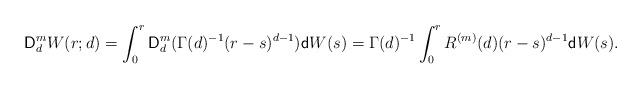
LaTeX: \begin{align*}\mathsf{D}_{d}^{m}W(r;d)=\int_{0}^{r}\mathsf{D}_{d}^{m}(\Gamma(d)^{-1}(r-s)^{d-1})\mathsf{d}W(s)=\Gamma(d)^{-1}\int_{0}^{r}R^{(m)}(d)(r-s)^{d-1}\mathsf{d}W(s). \end{align*}